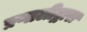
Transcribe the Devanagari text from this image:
प्रणालीद्वारा